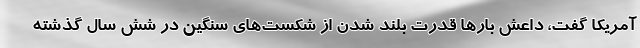
آمریکا گفت، داعش بارها قدرت بلند شدن از شکست‌های سنگین در شش سال گذشته